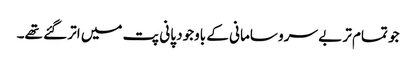
جو تمام تر بے سرو سامانی کے باوجود پانی پت میں اتر گئے تھے۔